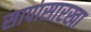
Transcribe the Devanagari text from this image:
सापासारखा